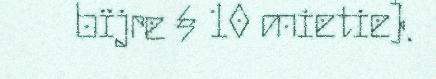
bïjre § 10 mietie).